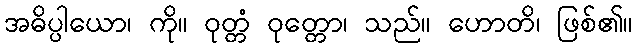
အဓိပ္ပါယော၊ ကို။ ဝုတ္တံ ဝုတ္တော၊ သည်။ ဟောတိ၊ ဖြစ်၏။